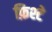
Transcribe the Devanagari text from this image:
फ़िश्टे